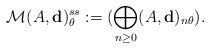
LaTeX: \begin{align*}\mathcal{M}(A, \textbf{d})^{ss}_{\theta}:= (\bigoplus_{n\geq 0} (A,\textbf{d})_{n\theta}).\end{align*}